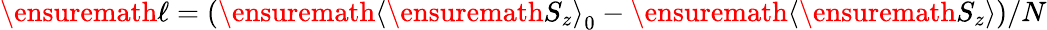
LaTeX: \ensuremath{\ell}=(\ensuremath{\left\langle{\ensuremath{S_{z}}}\right\rangle}_{0}-\ensuremath{\left\langle{\ensuremath{S_{z}}}\right\rangle})/N